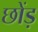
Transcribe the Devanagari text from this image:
छोंड़